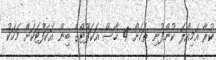
ކުރާ އަމިއްލަ ކުންފުނި ތަކަށް 4 ހާސް އަކަފޫޓްގެ ބިން އަކަފޫޓަކަށް މަހަކު